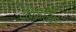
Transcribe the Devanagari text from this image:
दीपकलिका